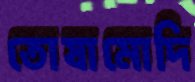
তোষামোদি